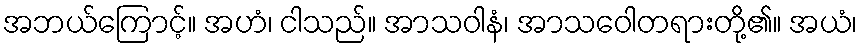
အဘယ်ကြောင့်။ အဟံ၊ ငါသည်။ အာသဝါနံ၊ အာသဝေါတရားတို့၏။ အယံ၊